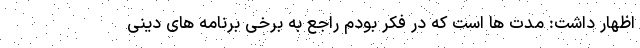
اظهار داشت: مدت ها است که در فکر بودم راجع به برخی برنامه های دینی